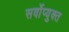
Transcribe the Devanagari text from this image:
सर्वोप्युक्त